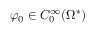
\varphi _ { 0 } \in C _ { 0 } ^ { \infty } ( \Omega ^ { * } )